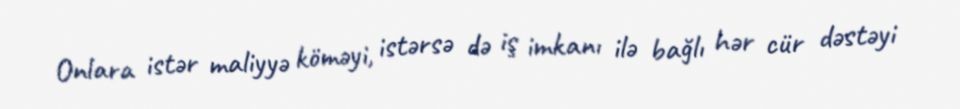
Onlara istər maliyyə köməyi, istərsə də iş imkanı ilə bağlı hər cür dəstəyi